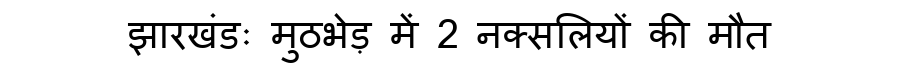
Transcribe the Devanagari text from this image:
झारखंडः मुठभेड़ में 2 नक्सलियों की मौत